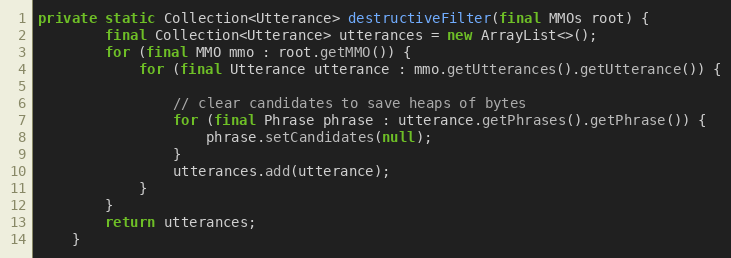
Language: Java
private static Collection<Utterance> destructiveFilter(final MMOs root) {
        final Collection<Utterance> utterances = new ArrayList<>();
        for (final MMO mmo : root.getMMO()) {
            for (final Utterance utterance : mmo.getUtterances().getUtterance()) {

                // clear candidates to save heaps of bytes
                for (final Phrase phrase : utterance.getPhrases().getPhrase()) {
                    phrase.setCandidates(null);
                }
                utterances.add(utterance);
            }
        }
        return utterances;
    }